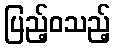
ပြည့်ဝသည့်